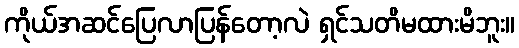
ကိုယ်အဆင်ပြေလာပြန်တော့လဲ ရှင်သတိမထားမိဘူး။